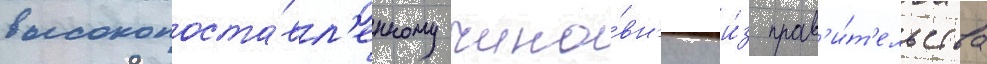
высокопоста́вл'енному чино́вн'ику и́з прав'и́т'ельства